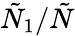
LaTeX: \tilde{N}_{1}/\tilde{N}